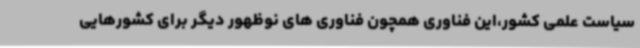
سیاست علمی کشور،این فناوری همچون فناوری های نوظهور دیگر برای کشورهایی